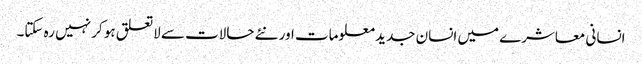
انسانی معاشرے میں انسان جدید معلومات اور نئے حالات سے لاتعلق ہو کر نہیں رہ سکتا۔